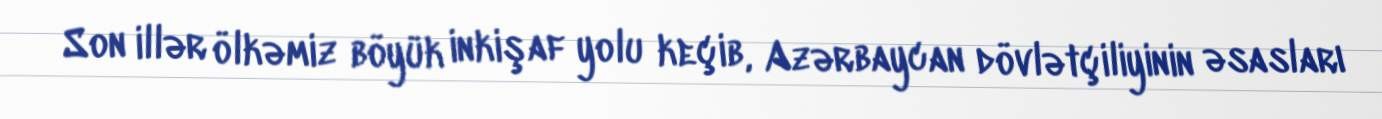
Son illər ölkəmiz böyük inkişaf yolu keçib, Azərbaycan dövlətçiliyinin əsasları